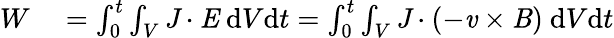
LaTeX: \begin{array}{rl}{W}&{{}=\int_{0}^{t}\int_{V}\textbf{\emph{J}}\cdot\textbf{\emph{E}}~\mathrm{d}V\mathrm{d}t=\int_{0}^{t}\int_{V}\textbf{\emph{J}}\cdot(-\textbf{\emph{v}}\times\textbf{\emph{B}})~\mathrm{d}V\mathrm{d}t}\end{array}